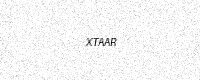
Text: XTAAR